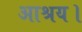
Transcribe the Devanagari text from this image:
आश्रय।